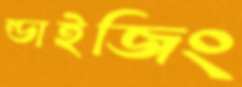
ন্ডাইজিং